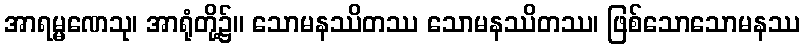
အာရမ္မဏေသု၊ အာရုံတို့၌။ သောမနဿိတဿ သောမနဿိတဿ၊ ဖြစ်သောသောမနဿ